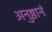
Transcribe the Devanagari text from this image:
अनुष्ठानं